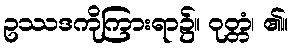
ဥဿဒကိုကြားရာ၌။ ဝုတ္တံ၊ ၏။